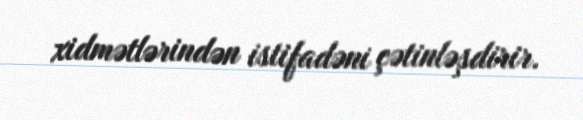
xidmətlərindən istifadəni çətinləşdirir.